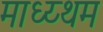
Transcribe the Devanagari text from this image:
माध्य्थम